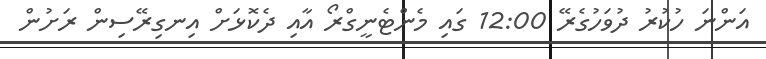
އަންނަ ހުކުރު ދުވަހުގެރޭ 12:00 ގައި މެންޓެނީގްރޯ އާއި ދެކޮޅަށް އިނގިރޭސިން ރަށުން